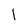
Character: I